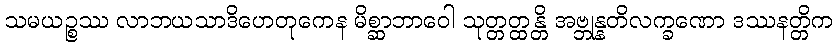
သမယဉ္စဿ လာဘယသာဒိဟေတုကေန မိစ္ဆာဘာဝေါ သုတ္တတ္ထန္တိ အဗ္ဘုန္နတိလက္ခဏော ဒဿနတ္တိက